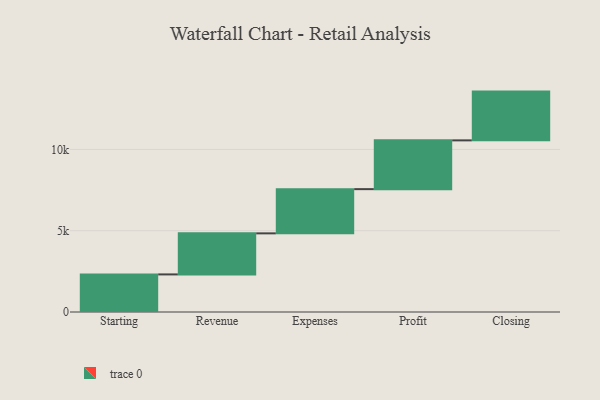
{"axis": {"x": "Step", "y": "Value"}, "legend": [""], "data": [{"x": "Starting", "y": 2312.0, "type": ""}, {"x": "Revenue", "y": 2525.0, "type": ""}, {"x": "Expenses", "y": 2720.0, "type": ""}, {"x": "Profit", "y": 3000, "type": ""}, {"x": "Closing", "y": 3000, "type": ""}]}